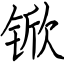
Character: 锨